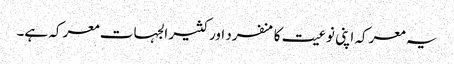
یہ معرکہ اپنی نوعیت کا منفرد اور کثیر الجہات معرکہ ہے۔